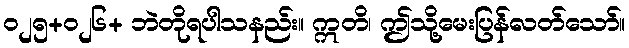
၀၂၅+၀၂၆+ ဘဲတိုရပါသနည်း။ ဣတိ၊ ဤသို့မေးပြန်လတ်သော်။